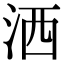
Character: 洒